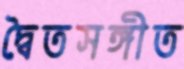
দ্বৈতসঙ্গীত